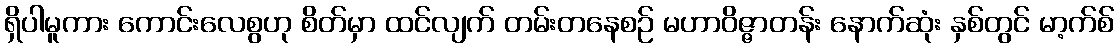
ရှိပါမူကား ကောင်းလေစွဟု စိတ်မှာ ထင်လျက် တမ်းတနေစဉ် မဟာဝိဇ္ဇာတန်း နောက်ဆုံး နှစ်တွင် မာ့က်စ်